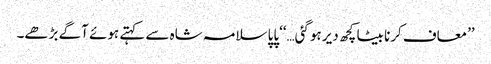
’’معاف کرنا بیٹا کچھ دیر ہوگئی…‘‘پاپا سلامہ شاہ سے کہتے ہوئے آگے بڑھے۔